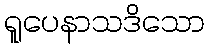
ရူပေနာသဒိသော